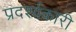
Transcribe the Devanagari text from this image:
प्रदर्श्यकारी